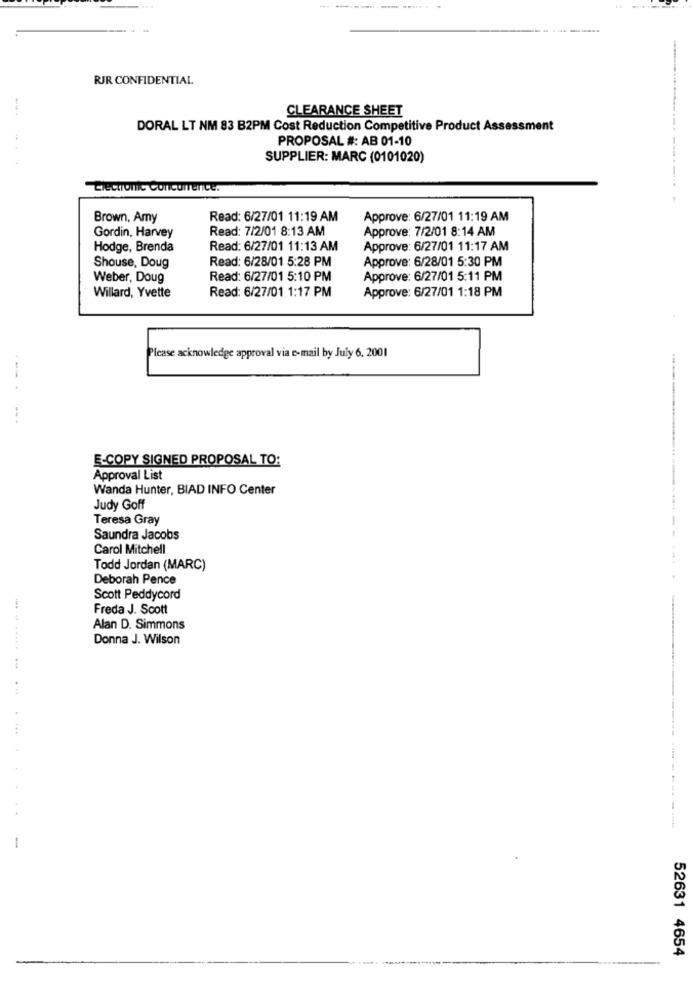
RJR CONFIDENTIAL
CLEARANCE SHEET
DORAL LT NM 83 B2PM Cost Reduction Competitive Product Assessment
----
PROPOSAL #: AB 01-10
.. .
SUPPLIER: MARC (0101020)
---
Electronic Concurrence.
Brown, Amy
Read: 6/27/01 11:19 AM
Approve: 6/27/01 11:19 AM
Read: 7/2/01 8:13 AM
Approve: 7/2/01 8:14 AM
Gordin, Harvey
Hodge, Brenda
Read: 6/27/01 11:13 AM
Approve: 6/27/01 11:17 AM
Shouse, Doug
Read: 6/28/01 5:28 PM
Approve: 6/28/01 5:30 PM
Weber, Doug
Read: 6/27/01 5:10 PM
Approve: 6/27/01 5:11 PM
Read: 6/27/01 1:17 PM
Approve: 6/27/01 1:18 PM
Willard, Yvette
Please acknowledge approval via e-mail by July 6, 2001
E-COPY SIGNED PROPOSAL TO:
Approval List
Wanda Hunter, BIAD INFO Center
Judy Goff
Teresa Gray
Saundra Jacobs
Carol Mitchell
Todd Jordan (MARC)
Deborah Pence
Scott Peddycord
Freda J. Scott
Alan D. Simmons
Donna J. Wilson
. .
-- ---- ----
-
52631 4654